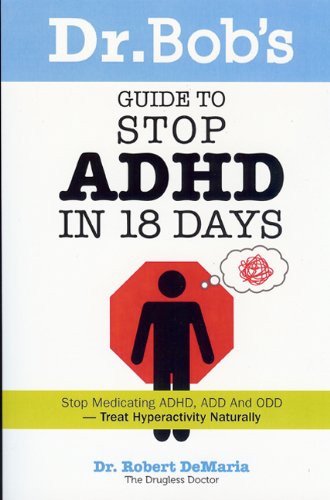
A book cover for Dr. Bob's Guide to Stop ADHD in 18 Days; Dr Robert De Maria; Parenting & Relationships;